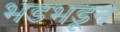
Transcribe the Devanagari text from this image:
भडभडून